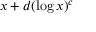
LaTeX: x + d ( \log x ) ^ { c }